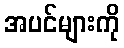
အပင်များကို